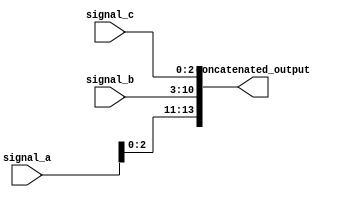
module ConcatenationExample(
    input [3:0] signal_a,    // 4-bit input signal
    input [7:0] signal_b,    // 8-bit input signal
    input [2:0] signal_c,    // 3-bit input signal
    output [13:0] concatenated_output  // 14-bit output signal
);

// Continuous assignment for concatenation
assign concatenated_output = {signal_a, signal_b, signal_c}; // Concatenate signals

endmodule